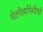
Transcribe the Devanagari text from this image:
चेतनेत्यभिधीयते